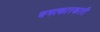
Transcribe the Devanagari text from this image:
चमत्कारकारी